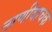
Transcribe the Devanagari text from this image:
नाणीवाचक